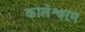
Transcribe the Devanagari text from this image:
कालेश्वरम